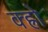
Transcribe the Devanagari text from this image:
क्ह्रो